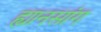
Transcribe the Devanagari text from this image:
ह्यानसांग